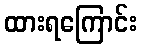
ထားရကြောင်း